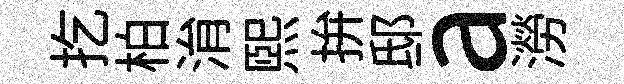
扢柏㳙煕拚邸a澇